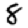
Digit: 8